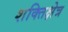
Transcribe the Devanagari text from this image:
शक्तिक्षेत्र